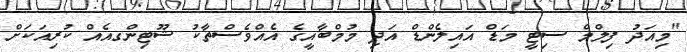
"މިއަދު ފިލްމް ސިޓީ މަޑް އައިލެންޑް އަދި މުމްބާއީގެ އެއްވެސްތާކު ޝޫޓިންގއެއް ކުރިއަކަށް